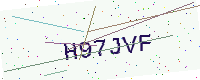
Text: H97JVF